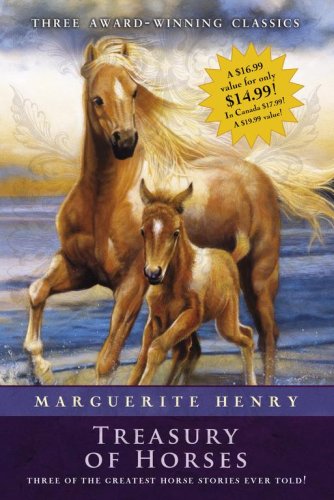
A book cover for Marguerite Henry Treasury of Horses (Boxed Set): Misty of Chincoteague, Justin Morgan Had a Horse, King of the Wind; Marguerite Henry; Children's Books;